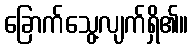
ခြောက်သွေ့လျက်ရှိ၏။